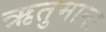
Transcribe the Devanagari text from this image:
ऋतुमाना